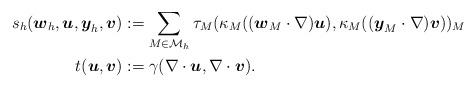
LaTeX: \begin{align*} s_h({\boldsymbol{w}}_h,{\boldsymbol{u}},{\boldsymbol{y}}_h,{\boldsymbol{v}}) &:= \sum_{M\in\mathcal M_h} \tau_M (\kappa_M(({\boldsymbol{w}}_M\cdot\nabla) {\boldsymbol{u}}), \kappa_M(({\boldsymbol{y}}_M\cdot \nabla) {\boldsymbol{v}}))_M \\ t({\boldsymbol{u}},{\boldsymbol{v}}) &:= \gamma (\nabla \cdot {\boldsymbol{u}}, \nabla \cdot{\boldsymbol{v}}).\end{align*}